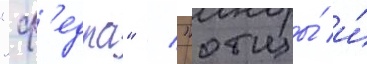
"ф'едра" / "отцы́ и́